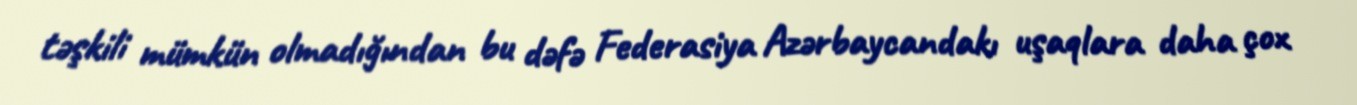
təşkili mümkün olmadığından bu dəfə Federasiya Azərbaycandakı uşaqlara daha çox